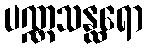
ပဏ္ဏသန္ထရော